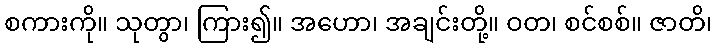
စကားကို။ သုတွာ၊ ကြား၍။ အဟော၊ အချင်းတို့။ ဝတ၊ စင်စစ်။ ဇာတိ၊